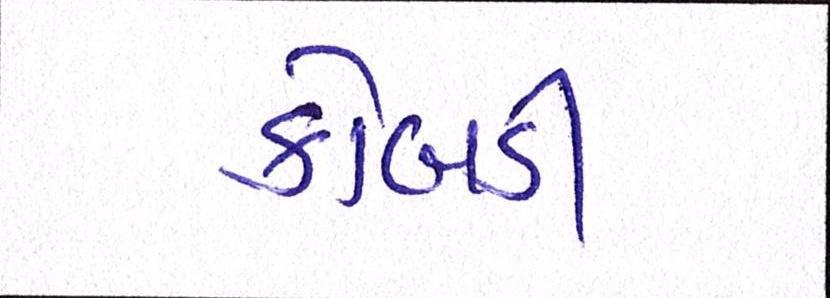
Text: કોબડી